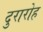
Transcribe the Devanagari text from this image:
दुरारोह